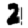
Digit: 2